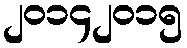
၂၀၁၄၂၀၁၅